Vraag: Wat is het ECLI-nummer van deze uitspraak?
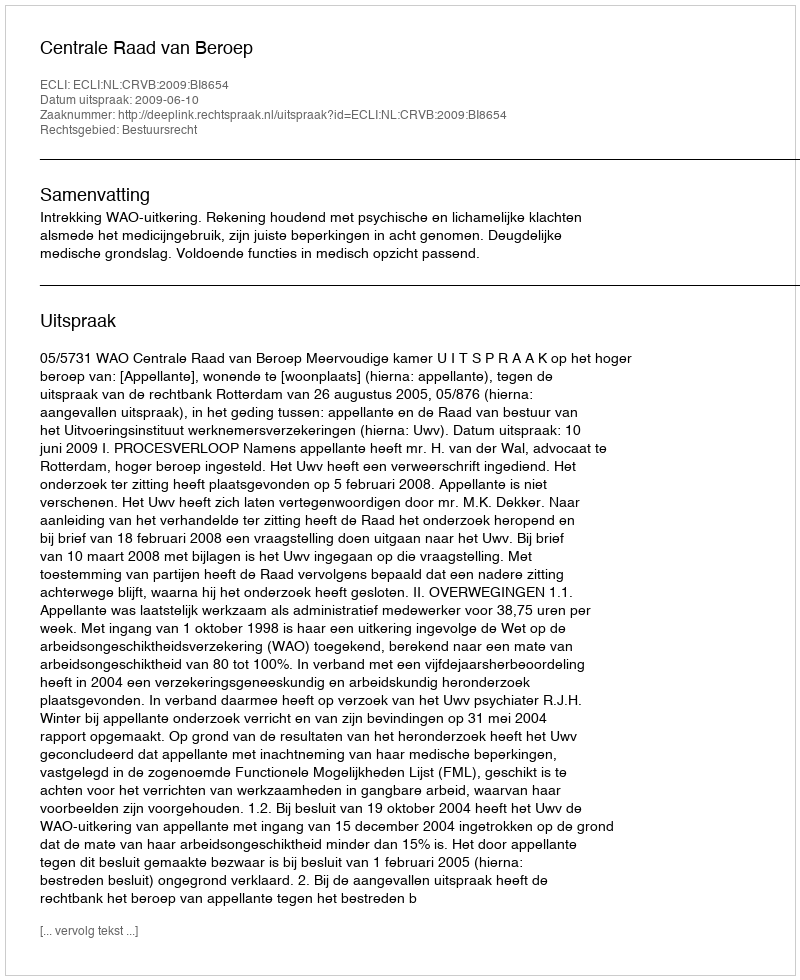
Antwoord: ECLI:NL:CRVB:2009:BI8654